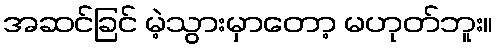
အဆင်ခြင် မဲ့သွားမှာတော့ မဟုတ်ဘူး။